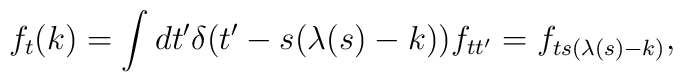
f_t(k)=\int dt' \delta (t'-s(\lambda(s)-k))f_{tt'}=  f_{ts(\lambda(s)-k)},